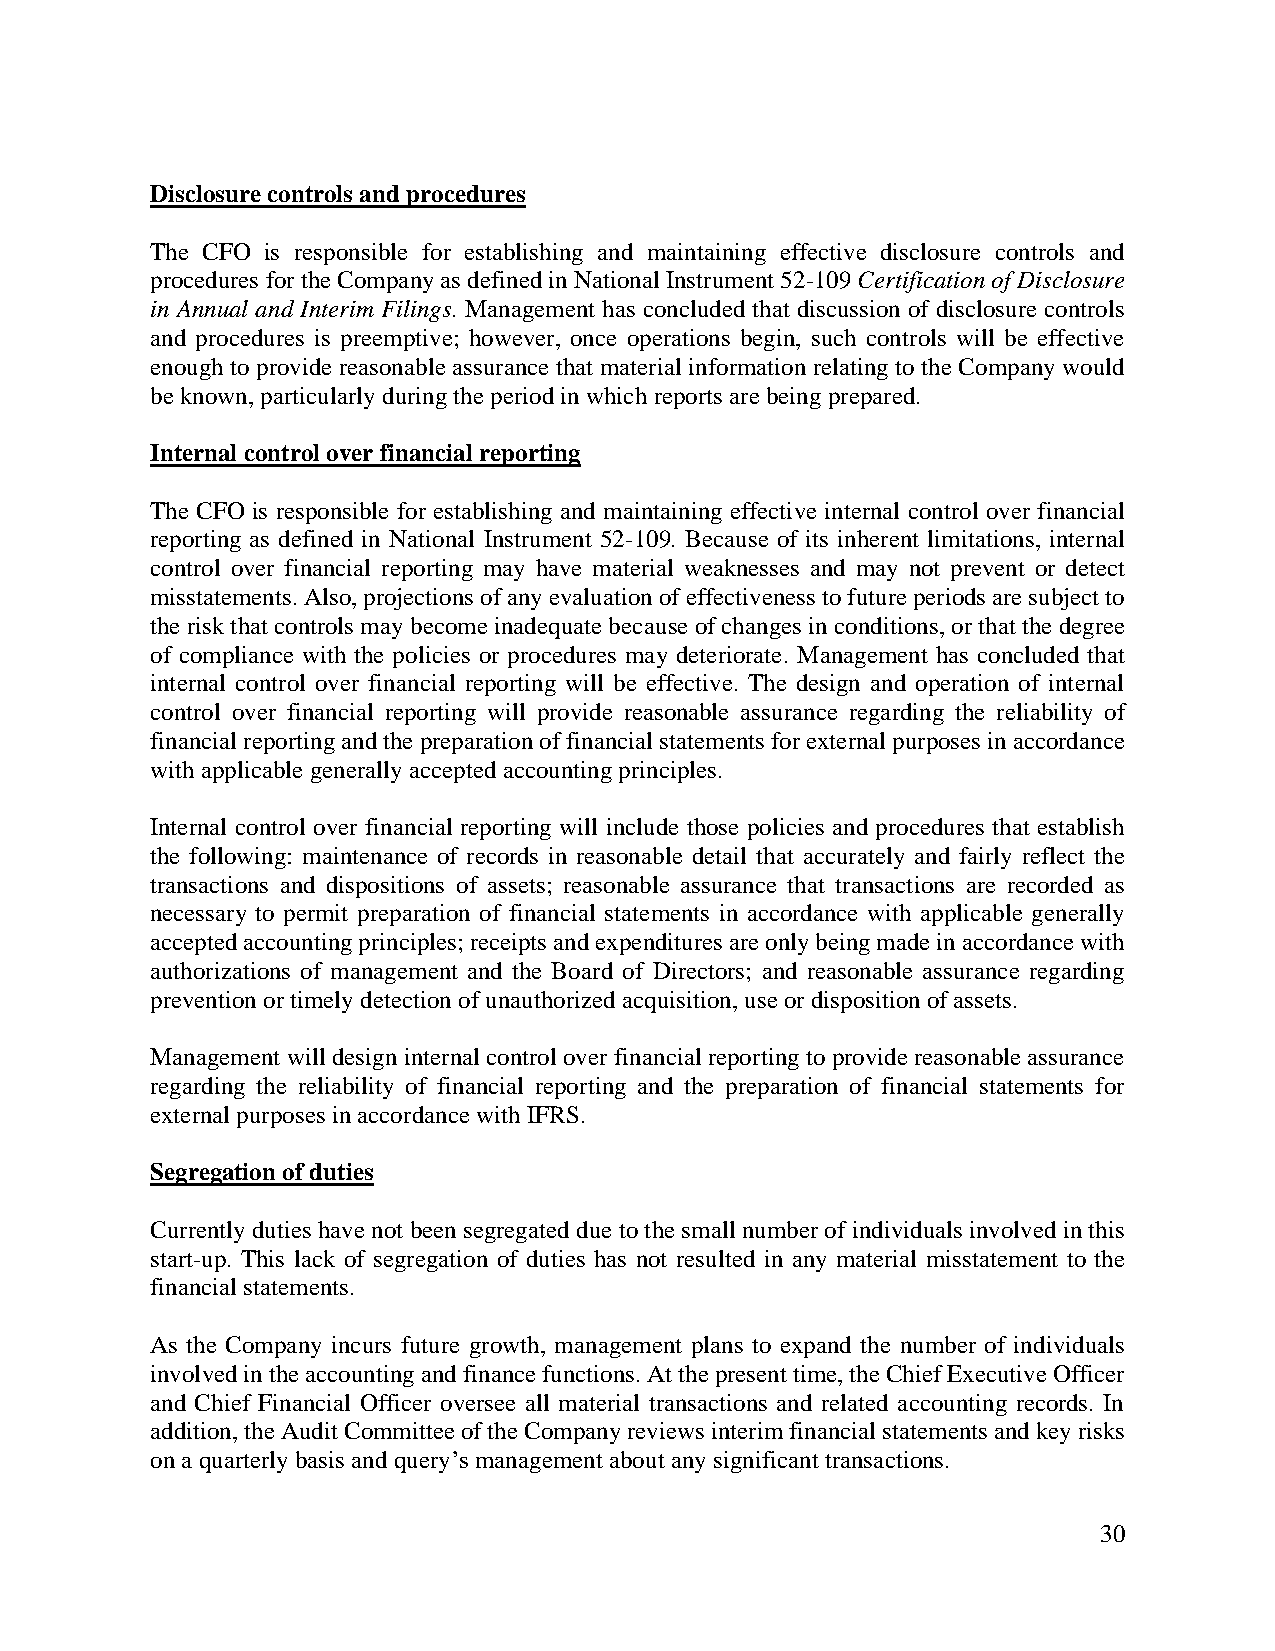
Disclosure controls and procedures
 The CFO is responsible for establishing and maintaining effective disclosure controls and
 procedures for the Company as defined in National Instrument 52-109 Certification of Disclosure
 in Annual and Interim Filings. Management has concluded that discussion of disclosure controls
 and procedures is preemptive; however, once operations begin, such controls will be effective
 enough to provide reasonable assurance that material information relating to the Company would
 be known, particularly during the period in which reports are being prepared.
 Internal control over financial reporting
 The CFO is responsible for establishing and maintaining effective internal control over financial
 reporting as defined in National Instrument 52-109. Because of its inherent limitations, internal
 control over financial reporting may have material weaknesses and may not prevent or detect
 misstatements. Also, projections of any evaluation of effectiveness to future periods are subject to
 the risk that controls may become inadequate because of changes in conditions, or that the degree
 of compliance with the policies or procedures may deteriorate. Management has concluded that
 internal control over financial reporting will be effective. The design and operation of internal
 control over financial reporting will provide reasonable assurance regarding the reliability of
 financial reporting and the preparation of financial statements for external purposes in accordance
 with applicable generally accepted accounting principles.
 Internal control over financial reporting will include those policies and procedures that establish
 the following: maintenance of records in reasonable detail that accurately and fairly reflect the
 transactions and dispositions of assets; reasonable assurance that transactions are recorded as
 necessary to permit preparation of financial statements in accordance with applicable generally
 accepted accounting principles; receipts and expenditures are only being made in accordance with
 authorizations of management and the Board of Directors; and reasonable assurance regarding
 prevention or timely detection of unauthorized acquisition, use or disposition of assets.
 Management will design internal control over financial reporting to provide reasonable assurance
 regarding the reliability of financial reporting and the preparation of financial statements for
 external purposes in accordance with IFRS.
 Segregation of duties
 Currently duties have not been segregated due to the small number of individuals involved in this
 start-up. This lack of segregation of duties has not resulted in any material misstatement to the
 financial statements.
 As the Company incurs future growth, management plans to expand the number of individuals
 involved in the accounting and finance functions. At the present time, the Chief Executive Officer
 and Chief Financial Officer oversee all material transactions and related accounting records. In
 addition, the Audit Committee of the Company reviews interim financial statements and key risks
 on a quarterly basis and query’s management about any significant transactions.
 30